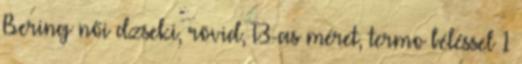
Bering női dzseki, rövid, T3-as méret, termo béléssel 1